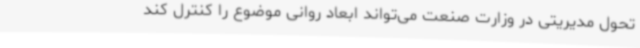
تحول مدیریتی در وزارت صنعت می‌تواند ابعاد روانی موضوع را کنترل کند